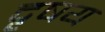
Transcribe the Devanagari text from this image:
दृषय